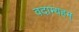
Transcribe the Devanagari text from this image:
वदाम्यहम्